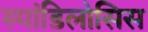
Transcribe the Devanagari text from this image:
स्पांडिलोसिस